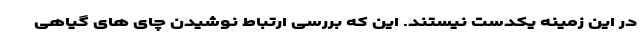
در این زمینه یکدست نیستند. این که بررسی ارتباط نوشیدن چای های گیاهی